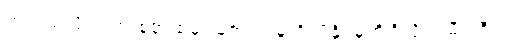
တကယ်လို့ မိသားစုအထဲမှာ မတရားမှုတို့၊ ဖိနှိပ်မှုတို့ရှိလို့ သမီးကြီးက